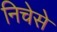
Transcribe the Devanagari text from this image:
निचेसे